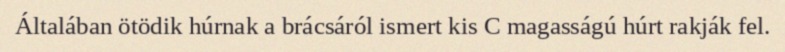
Általában ötödik húrnak a brácsáról ismert kis C magasságú húrt rakják fel.